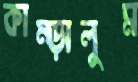
কাম্‌ড়ালুম